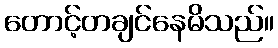
တောင့်တချင်နေမိသည်။